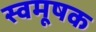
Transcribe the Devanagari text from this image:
स्वमूषक